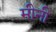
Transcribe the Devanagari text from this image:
मीनी